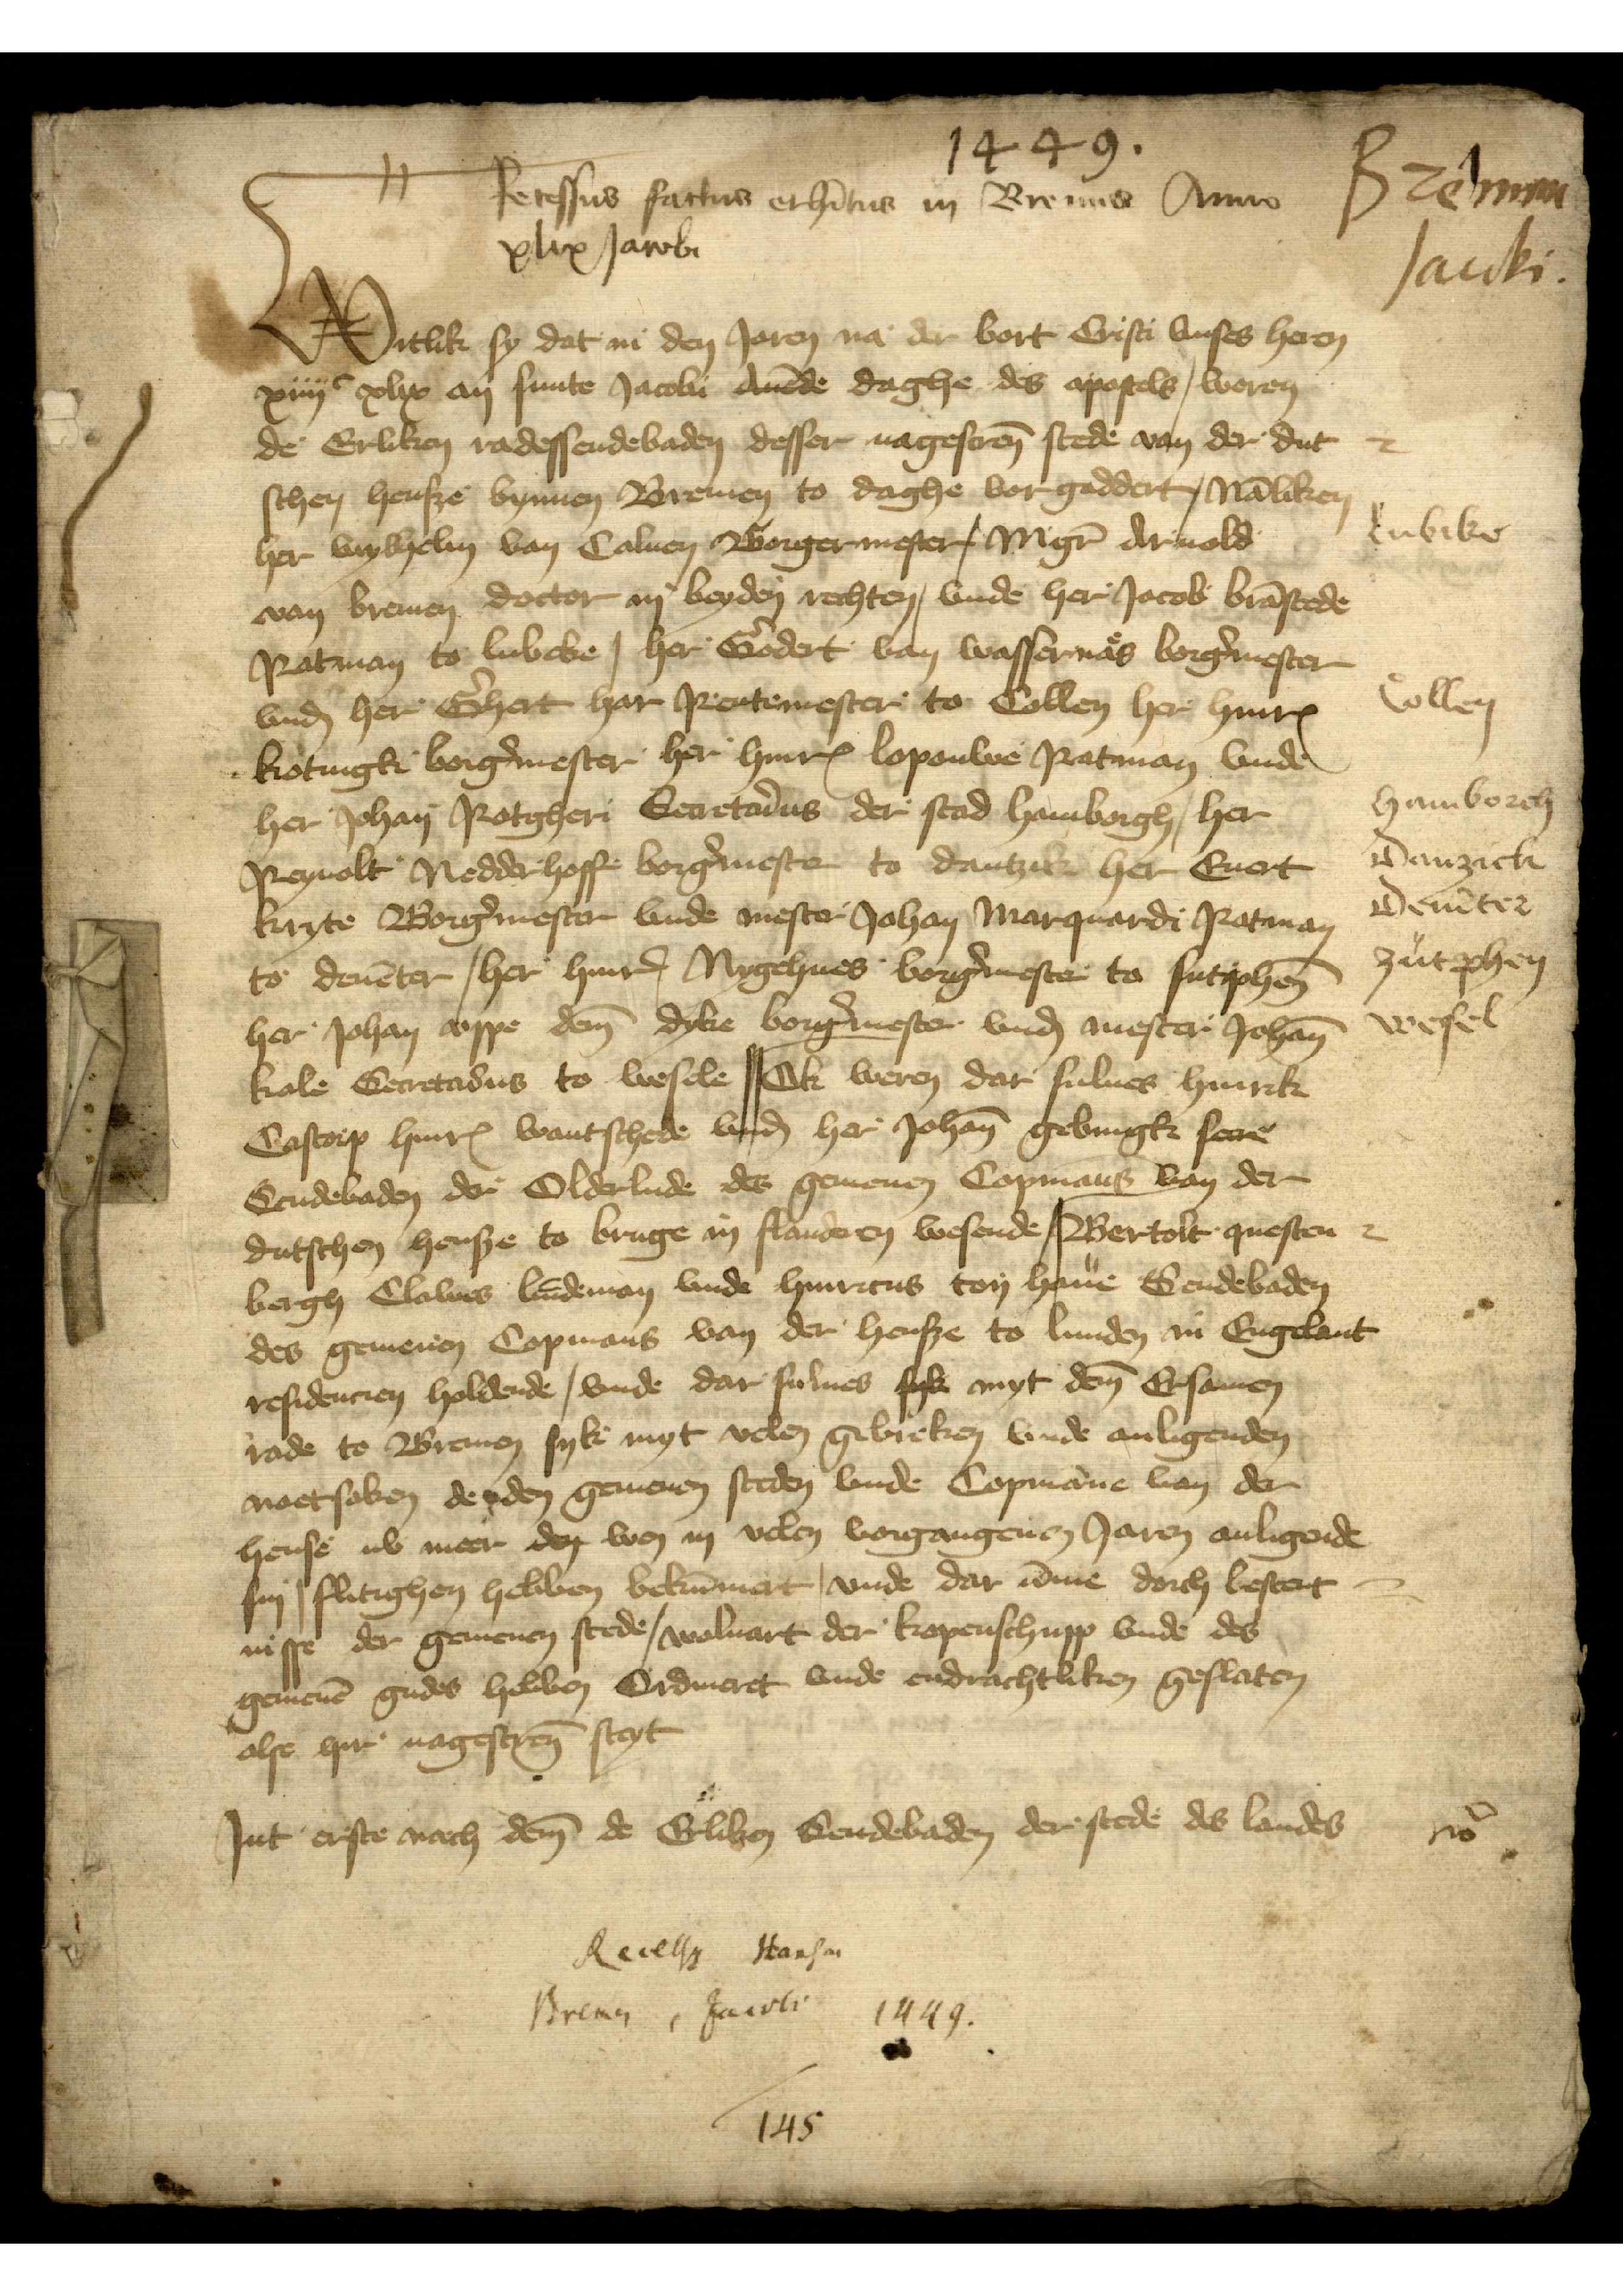
Recessus factus et hitus in Bremis Anno
xlix Jacobi

1449.

1
Bremen
Jacobi.

W
Witlik sy dat in den Jaren na der bort Cristi vnses heren
xiiiic xlix an sunte Jacobi Auende daghe des apostels, weren
de Erliken radessendebaden desser nagescreuen stede van der dut¬
schen hensze bynnen Bremen to daghe vorgaddert, namliken
her wylhelm van Caluen Borgermester, Magistere Arnold
van Bremen doctor in beyden rechten, vnde her Jacob Bramstede
Ratman to Lubeke, her Godert van Wasseruaes borgermester
vnde her Ghert Har Rentemester to Collen her Hinrik
Kotingk borgermester her Hinrick Lopauwe Ratman vnde
her Johan Rotgheri Secretarius der stad Hamborgh, her
Reynolt Nedderhoff borgermester to Dantzik her Euert
Kryte Borermester vnde mester Johan Marquardi Ratman
to Deuenter, her Hinric Nygehues borgermester to Sutphenn
her Johan vppe deme dyke borgermester vnde mester Johann
Kale Secretarius to Wesele, Ok weren dar sulues Hinrik
Castorp Hinrick Wantschede vnde her Johann Gebingk secre
Sendebaden der Oderlude des gemenen Copmanes van der
dutschen hensze to Bruge in Flanderen wesende, Bertolt Questen¬
bergh Clawes Lindeman vnde Hinricus ton Haue Sendebaden
des gemenen Copmans van der hensze to Lunden in Engelant
resdencien holdende, vnde dar sulues syk myt deme Ersamen
rade to Bremen syk myt velen gebreken vnde anligenden
noetsaken de den gemenen steden vnde Copmanne van der
hense nv meer den wen in velen vorgangenen Jaren anligende
sin, flitighen hebben bekummert, vnde dar umme dorch bestent¬
nisse der gemenen stede, woluart der kopenschupp vnde des
gemenen gudes hebben Ordineret vnde endrachtliken gesloten
alse hir nagescreuen steyt
Jnt erste nach deme de Erliken Sendebaden der stede des landes

2

Lubike
Collen
Hamborch
Danzick
Deuēter
Zutphen

Wesel

Recessus Hansae
Bremen, Jacobi
1449.
145

nota